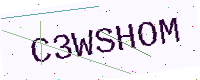
Text: C3WSHOM